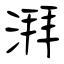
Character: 湃